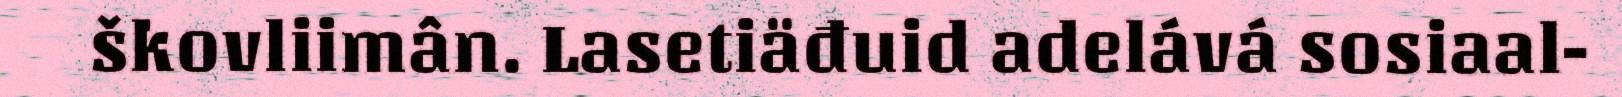
škovliimân. Lasetiäđuid adelává sosiaal-